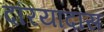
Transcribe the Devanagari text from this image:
दरियादास